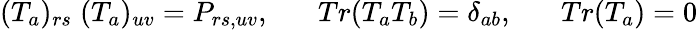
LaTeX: (T_{a})_{rs}\; (T_{a})_{uv}=P_{rs,uv},\; \; \; \; \; \; Tr(T_{a}T_{b})=\delta_{ab},\; \; \; \; \; \; Tr(T_{a})=0